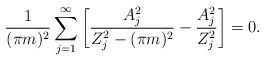
LaTeX: \begin{align*}\frac{1}{(\pi m)^2}\sum_{j=1}^\infty \left[ \frac{A_j^2}{Z_j^2-(\pi m)^2}-\frac{A_j^2}{Z_j^2}\right]=0.\end{align*}